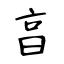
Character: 亯